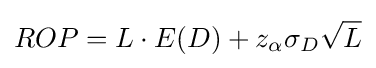
ROP=L\cdot E(D)+z_{\alpha }\sigma _{D}{\sqrt {L}}